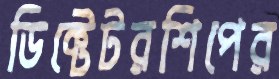
ডিক্টেটরশিপের